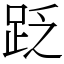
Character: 䟪